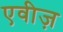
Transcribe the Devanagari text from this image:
एवीज़